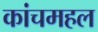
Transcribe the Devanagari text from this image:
कांचमहल